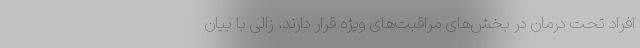
افراد تحت درمان در بخش‌های مراقبت‌های ویژه قرار دارند. زالی با بیان